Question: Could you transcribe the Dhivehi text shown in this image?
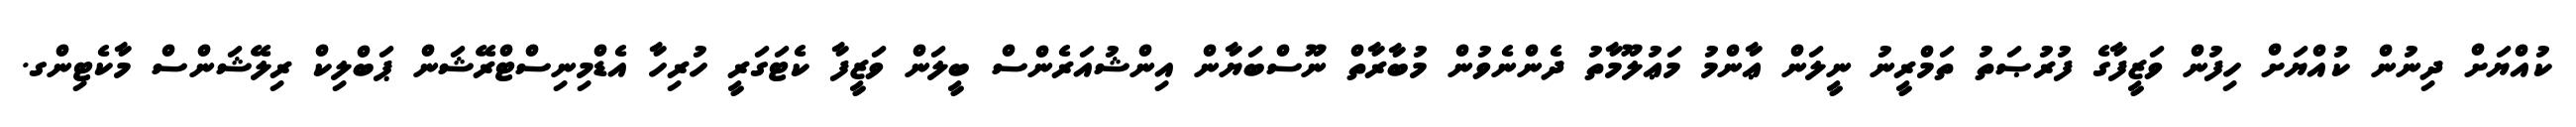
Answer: ކުއްޔަށް ދިނުން ކުއްޔަށް ހިފުން ވަޒީފާގެ ފުރުޞަތު ތަމްރީނު ނީލަން ޢާންމު މަޢުލޫމާތު ދެންނެވުން މުބާރާތް ނޫސްބަޔާން އިންޝުއަރެންސް ބީލަން ވަޒީފާ ކެޓަގަރީ ހުރިހާ އެޑްމިނިސްޓްރޭޝަން ޕަބްލިކް ރިލޭޝަންސް މާކެޓިންގ.